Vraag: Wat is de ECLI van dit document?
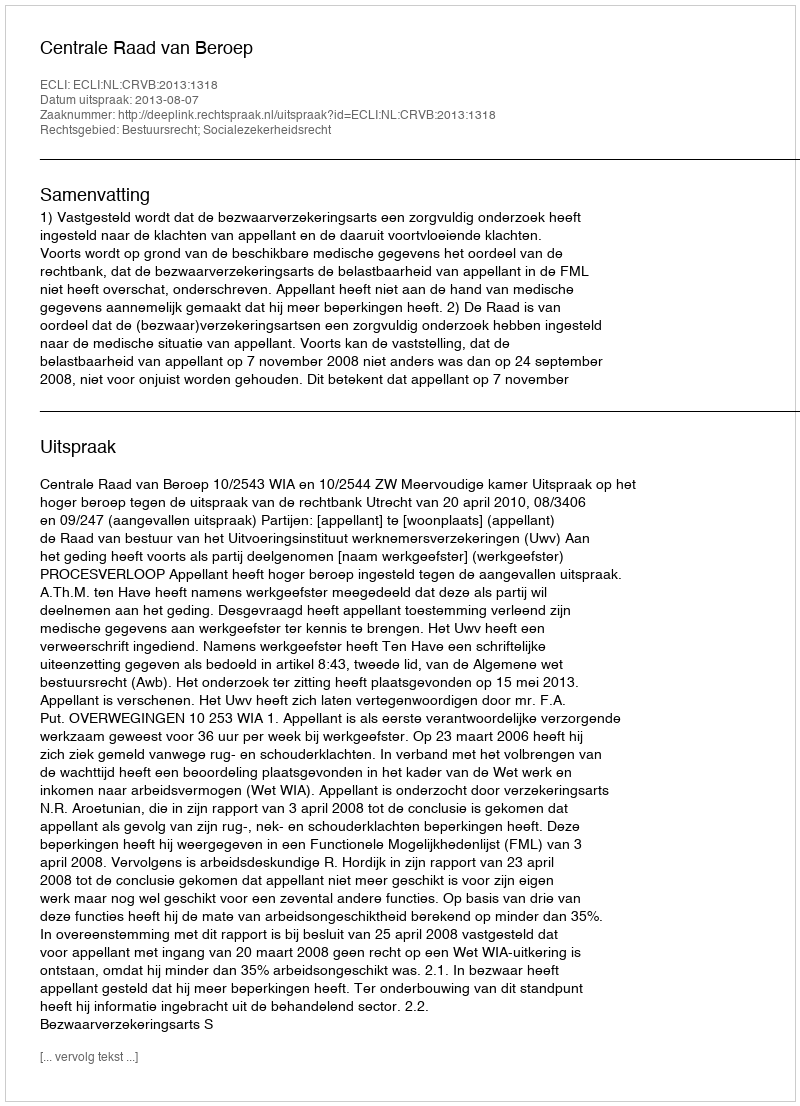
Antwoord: ECLI:NL:CRVB:2013:1318